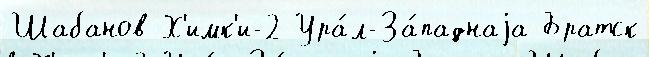
Шабанов Х'имк'и-2 Ура́л-За́паднаjа Братск